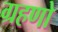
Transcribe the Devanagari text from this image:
ग्रहणो